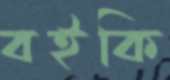
বইকি